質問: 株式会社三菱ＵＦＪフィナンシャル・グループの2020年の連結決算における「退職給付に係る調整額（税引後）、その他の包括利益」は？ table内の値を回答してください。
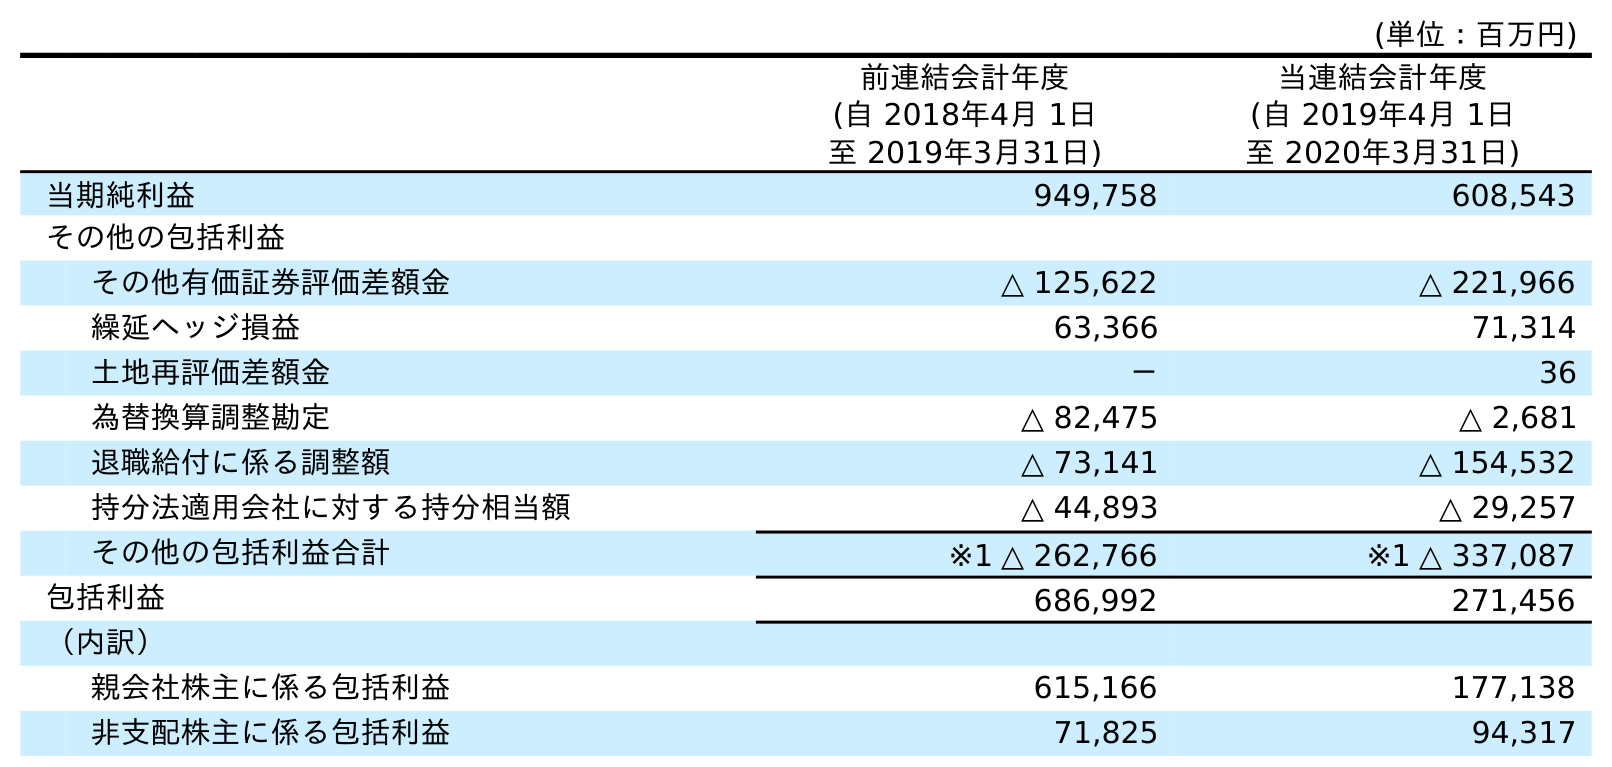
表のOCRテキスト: (単位：百万円) 前連結会計年度 (自 2018年4月 1日 至 2019年3月31日) 当連結会計年度 (自 2019年4月 1日 至 2020年3月31日) 当期純利益 949,758 608,543 その他の包括利益 その他有価証券評価差額金 △ 125,622 △ 221,966 繰延ヘッジ損益 63,366 71,314 土地再評価差額金 － 36 為替換算調整勘定 △ 82,475 △ 2,681 退職給付に係る調整額 △ 73,141 △ 154,532 持分法適用会社に対する持分相当額 △ 44,893 △ 29,257 その他の包括利益合計 ※1 △ 262,766 ※1 △ 337,087 包括利益 686,992 271,456 （内訳） 親会社株主に係る包括利益 615,166 177,138 非支配株主に係る包括利益 71,825 94,317
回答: △154,532